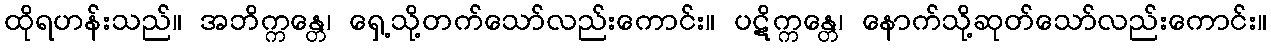
ထိုရဟန်းသည်။ အဘိက္ကန္တေ၊ ရှေ့သို့တက်သော်လည်းကောင်း။ ပဋိက္ကန္တေ၊ နောက်သို့ဆုတ်သော်လည်းကောင်း။